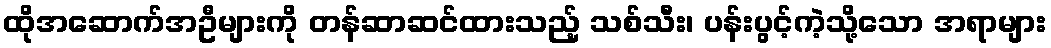
ထိုအဆောက်အဦများကို တန်ဆာဆင်ထားသည့် သစ်သီး၊ ပန်းပွင့်ကဲ့သို့သော အရာများ